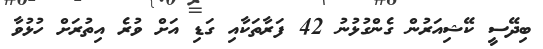
ބިދޭސީ ކޭޝިއަރުން ގެންގުޅުނު 42 ފަރާތަކާއި ގަޑި އަށް ވުރެ އިތުރަށް ހުޅުވާ